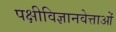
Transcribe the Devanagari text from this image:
पक्षीविज्ञानवेत्ताओं